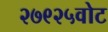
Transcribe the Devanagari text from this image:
२७९२५वोट